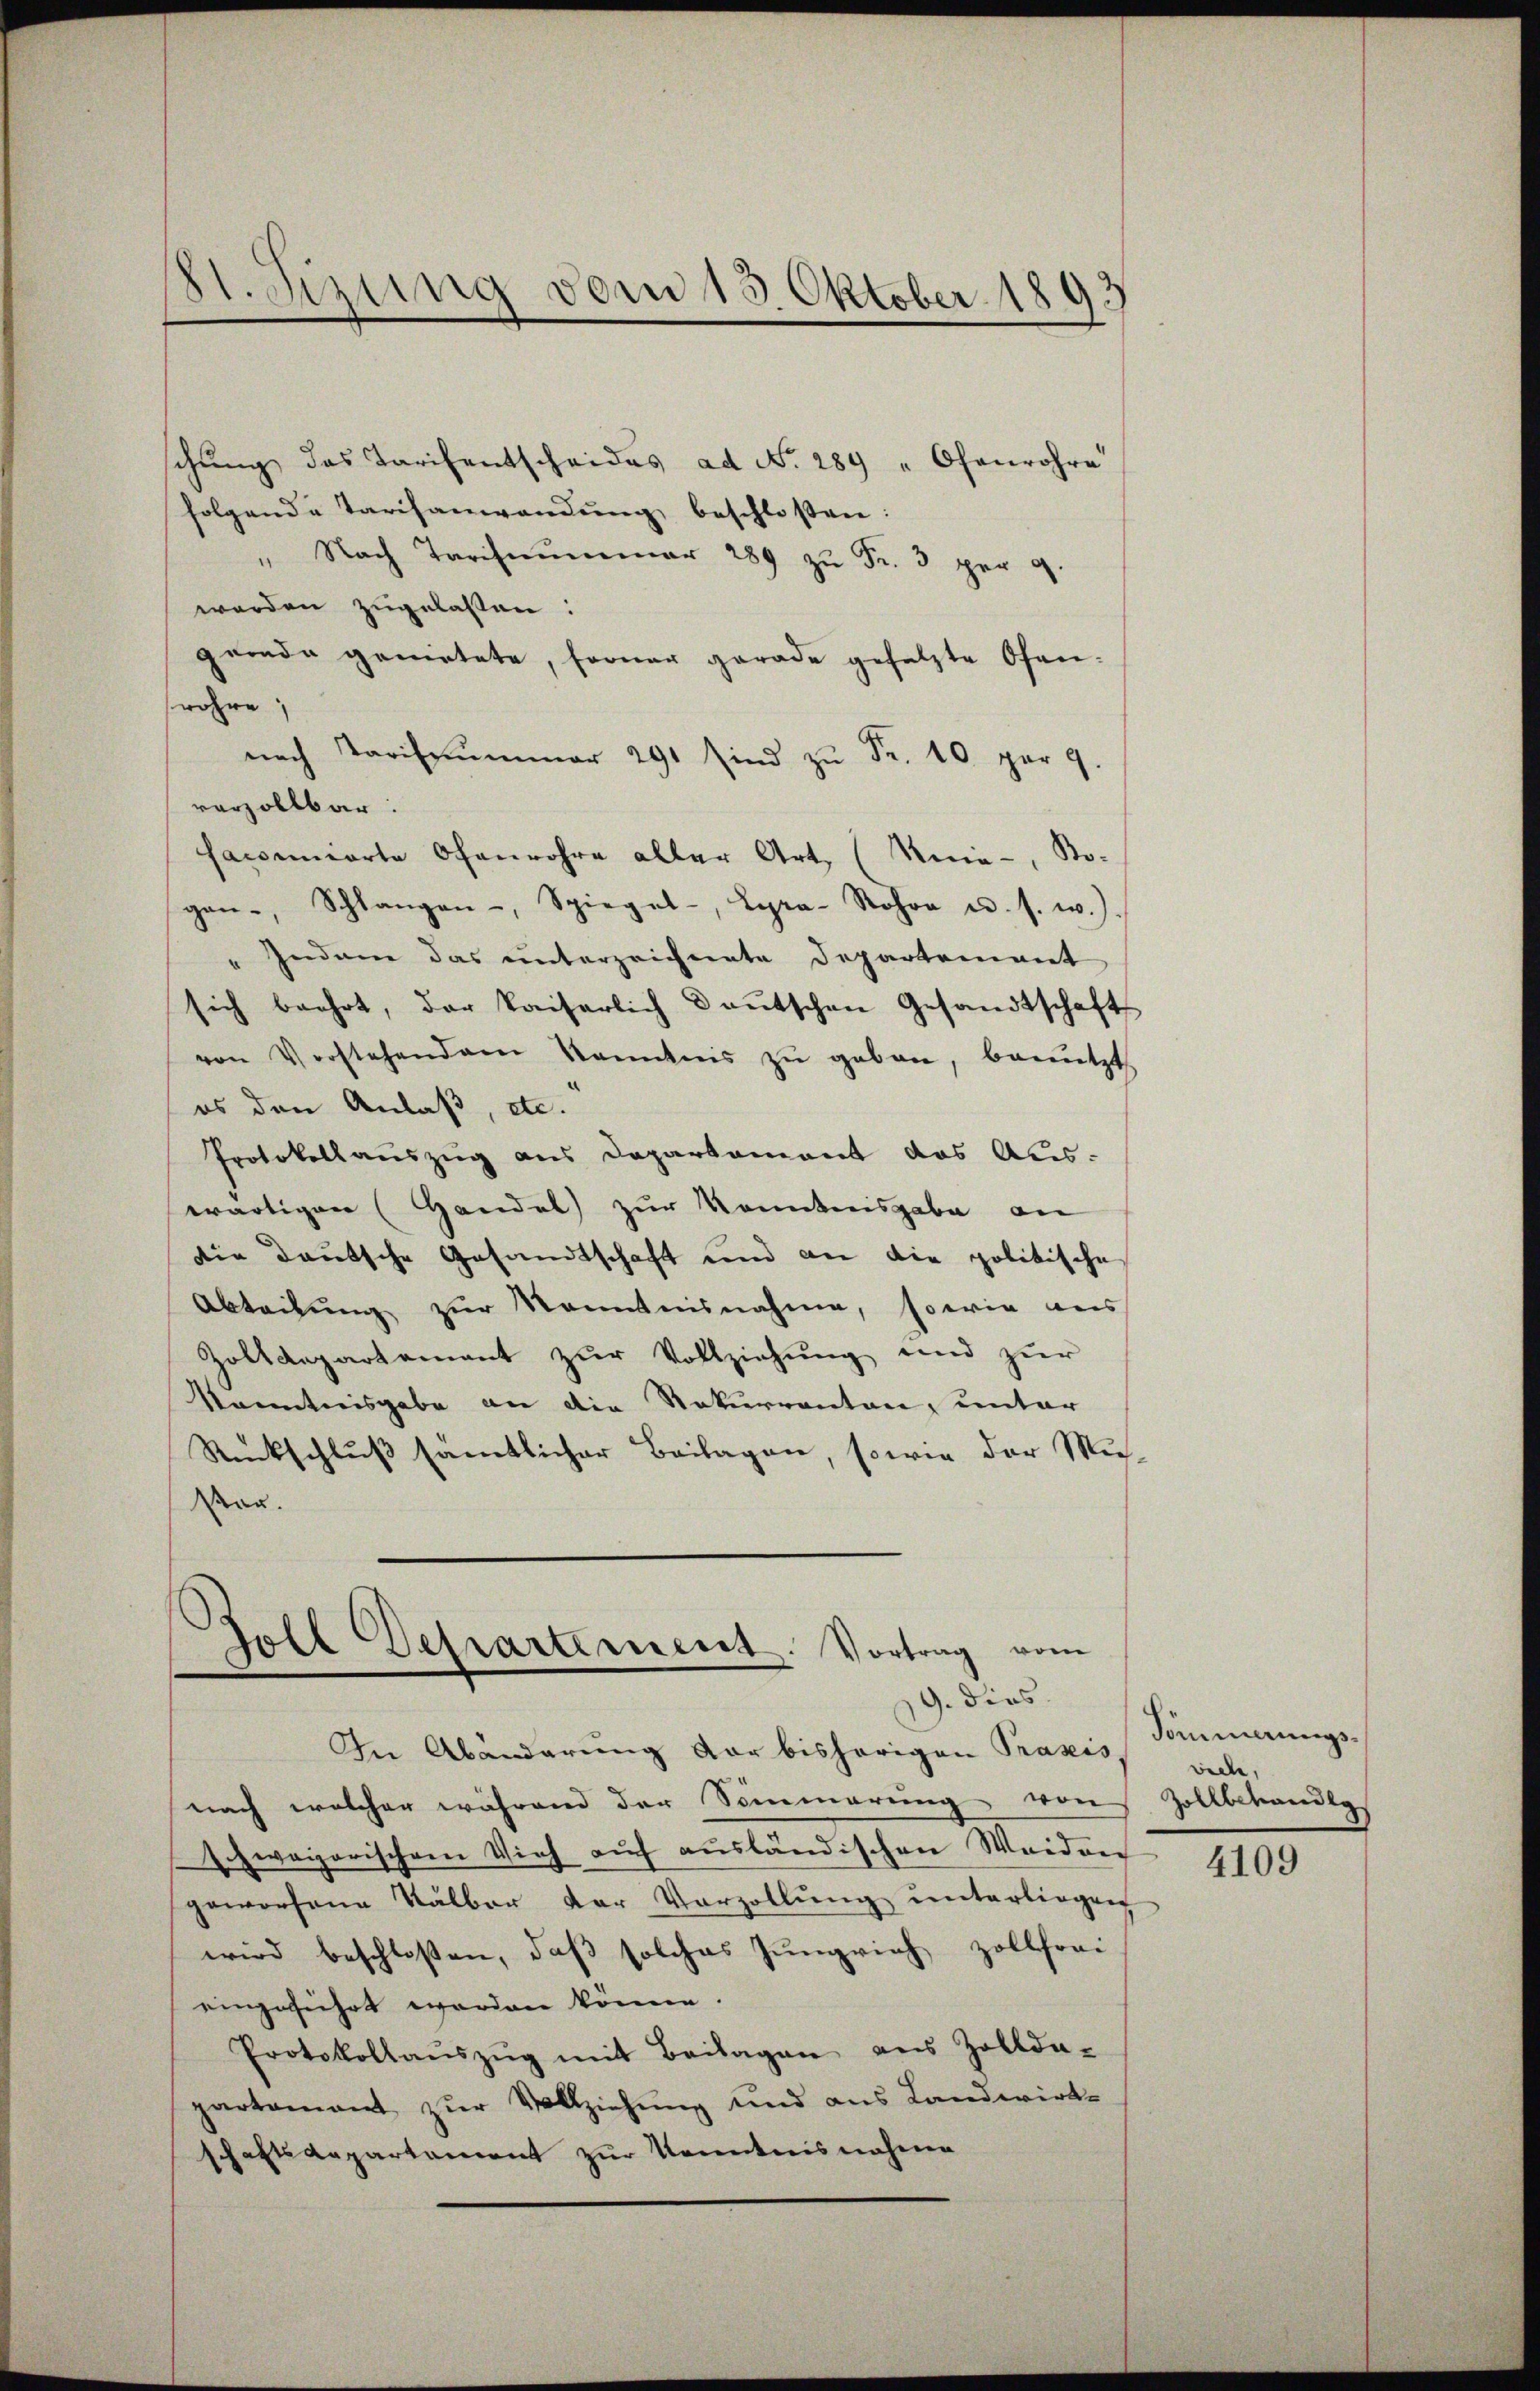
St. Setzung vom 15. Oktober 1893

schung das Tarifentscheides ad No. 289 " Ofenrohre
folgende Tarifanwendŭng beschlossen:
" Nach Tarifmŭmmer 289 zŭ Fr. 3 per 9.
werden zugelassen:
gerade gemietete, ferner gerade gesetzte Ofen-
wöhre,
nach Tarifsummer 291 sind zŭ Fr. 10. par 9.
verzollbar:
saccunierte Ofenrohre aller Art, (Knia, Bo-
gan, Schlangen-, Spiegel-, Lyra-Sohn u. s. w.).
"Indame das unterzeichnete Departement
sich beehrt, der Kaiserlich Deutschen Gesandtschaft
von Vorstehenden kanntnis zŭ geben, benŭtzt.
es den Anlaß, etc.
Protokollauszug aus Departament das Aus-
wärtigen (Handel zur Kenntnisgabe an
die deutsche Gesandtschaft und an die politische
Abteilung zur Kenntnisnahme, sowie aus
Zoltanpartement zŭr Vollziehŭng und zŭr
Kenntnisgabe an die Rekurrenten, unter
Rückschluß sämtlicher Beilagen, sowie der Mus-
Mau.

Goll Departement. Vortrag vom
19. dies

In Abänderung der bisherigen Praxis
nach welcher während der Simmerung von Zollbehandlos
schweizerischem Vieh auf ausländischen Weiden
geworfene Kälber der Vorzollŭng ŭnterliegen
wird beschloßen, daß solches Jungrich zollhori-
eingeführt worden könne.
Protokollaŭszŭg mit Beilagen aus Zollda-
partamant zur Vollziehung und aus Landwirt-
schaftsdepartement zur Kenntnisnahme

Pommerungs-
ville,

4109